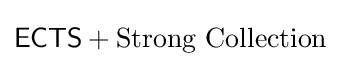
{\mathsf {ECTS}}+{\text{Strong Collection}}